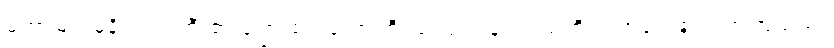
မဟာမြတ်မုနိဘုရားကြီး၏ ကြေးစည်တော်ကြီး ကြေးသွန်း သည်ကို လက်တွေ့လေ့လာကြသည်။